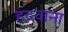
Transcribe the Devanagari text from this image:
हदवाना